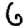
Digit: 6